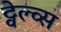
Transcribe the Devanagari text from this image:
ट्वेल्व्स